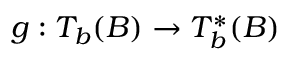
g : T _ { b } ( B ) \rightarrow T _ { b } ^ { \ast } ( B )